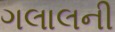
ગલાલની